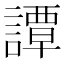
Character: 譚